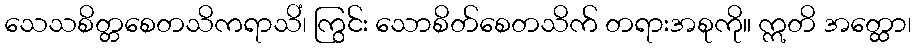
သေသစိတ္တစေတသိကရာသိံ၊ ကြွင်း သောစိတ်စေတသိက် တရားအစုကို။ ဣတိ အတ္ထော၊